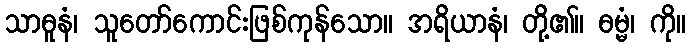
သာဓူနံ၊ သူတော်ကောင်းဖြစ်ကုန်သော။ အရိယာနံ၊ တို့၏။ ဓမ္မံ၊ ကို။